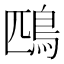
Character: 鴄